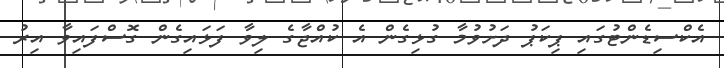
އެކްސިޑެންޓުގައި ޕިކަޕު ދަށުވުމާ ގުޅިގެން އެ ކުއްޖާގެ ލިވާ ފަޅައިގެން ގޮސްފައިވާ އިރު